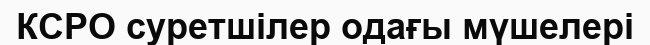
КСРО суретшілер одағы мүшелері